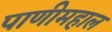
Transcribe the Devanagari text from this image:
पाणीमहाल